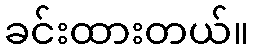
ခင်းထားတယ်။